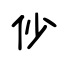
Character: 仯